Civil Veterinary Dept. North-West Frontier Province 1923-32 - 1923-1932
Year: 1923
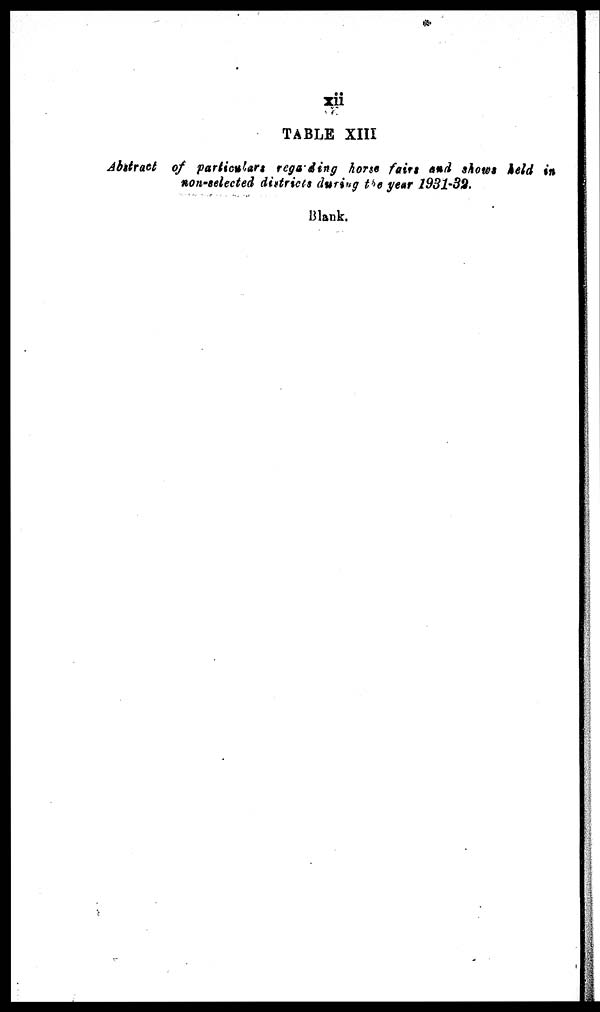
xii
TABLE XIII
Abstract of particulars regarding horse fairs and shows held in
non-selected districts during the year 1931-32.
Blank.